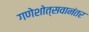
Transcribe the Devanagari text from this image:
गणेशोत्सवानंतर